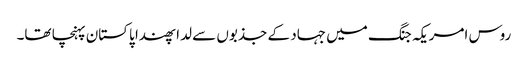
روس امریکہ جنگ میں جہاد کے جذبوں سے لدا پھندا پاکستان پہنچا تھا۔